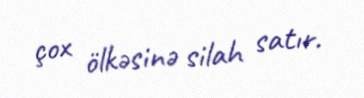
çox ölkəsinə silah satır.